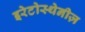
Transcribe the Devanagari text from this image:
इरेटोस्थेनीज़